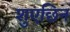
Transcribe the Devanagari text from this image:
शुएछिन